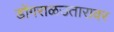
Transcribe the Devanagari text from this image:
डोंगराळउतारावर